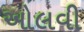
ઓલવી